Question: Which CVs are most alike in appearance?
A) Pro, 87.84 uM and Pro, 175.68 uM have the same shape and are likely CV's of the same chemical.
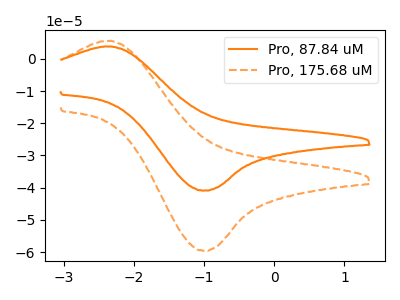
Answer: <think>The orange curve "Pro, 87.84 uM" has an anodic peak at (-2.30V, 3.80uA) and a cathodic peak at (-1.00V, -40.85uA). The orange dashed curve "Pro, 175.68 uM" has an anodic peak at (-2.30V, 5.55uA) and a cathodic peak at (-1.00V, -59.50uA).
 All the peaks in "Pro, 87.84 uM" have a peak in "Pro, 175.68 uM" at the same potential. Every peak in "Pro, 87.84 uM" is lower than every peak in "Pro, 175.68 uM".</think>
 <answer>A) "Pro, 87.84 uM" and "Pro, 175.68 uM" have the same shape and are likely CV's of the same chemical.</answer>
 <eval>A</eval>